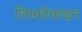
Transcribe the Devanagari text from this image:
लिम्फ़ोकाइन